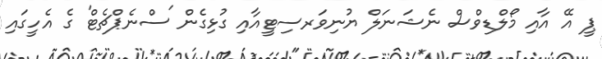
ޕީ އޭ އާއި މޯލްޑިވްސް ނެޝަނަލް ޔުނިވަރސިޓީއާއި ގުޅިގެން 'ސްނެޕްޗެޓް' ގެ އެހީގައި